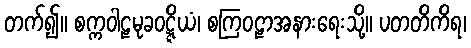
တက်၍။ စက္ကဝါဠမုခဝဋ္ဋိယံ၊ စကြဝဠာအနားရေးသို့။ ပတတိကိရ၊